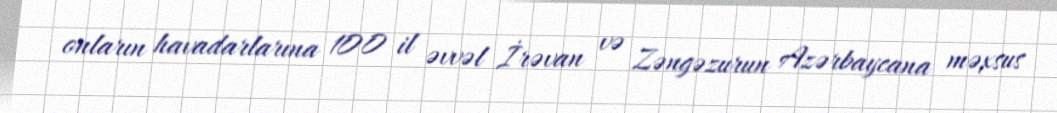
onların havadarlarına 100 il əvvəl İrəvan və Zəngəzurun Azərbaycana məxsus